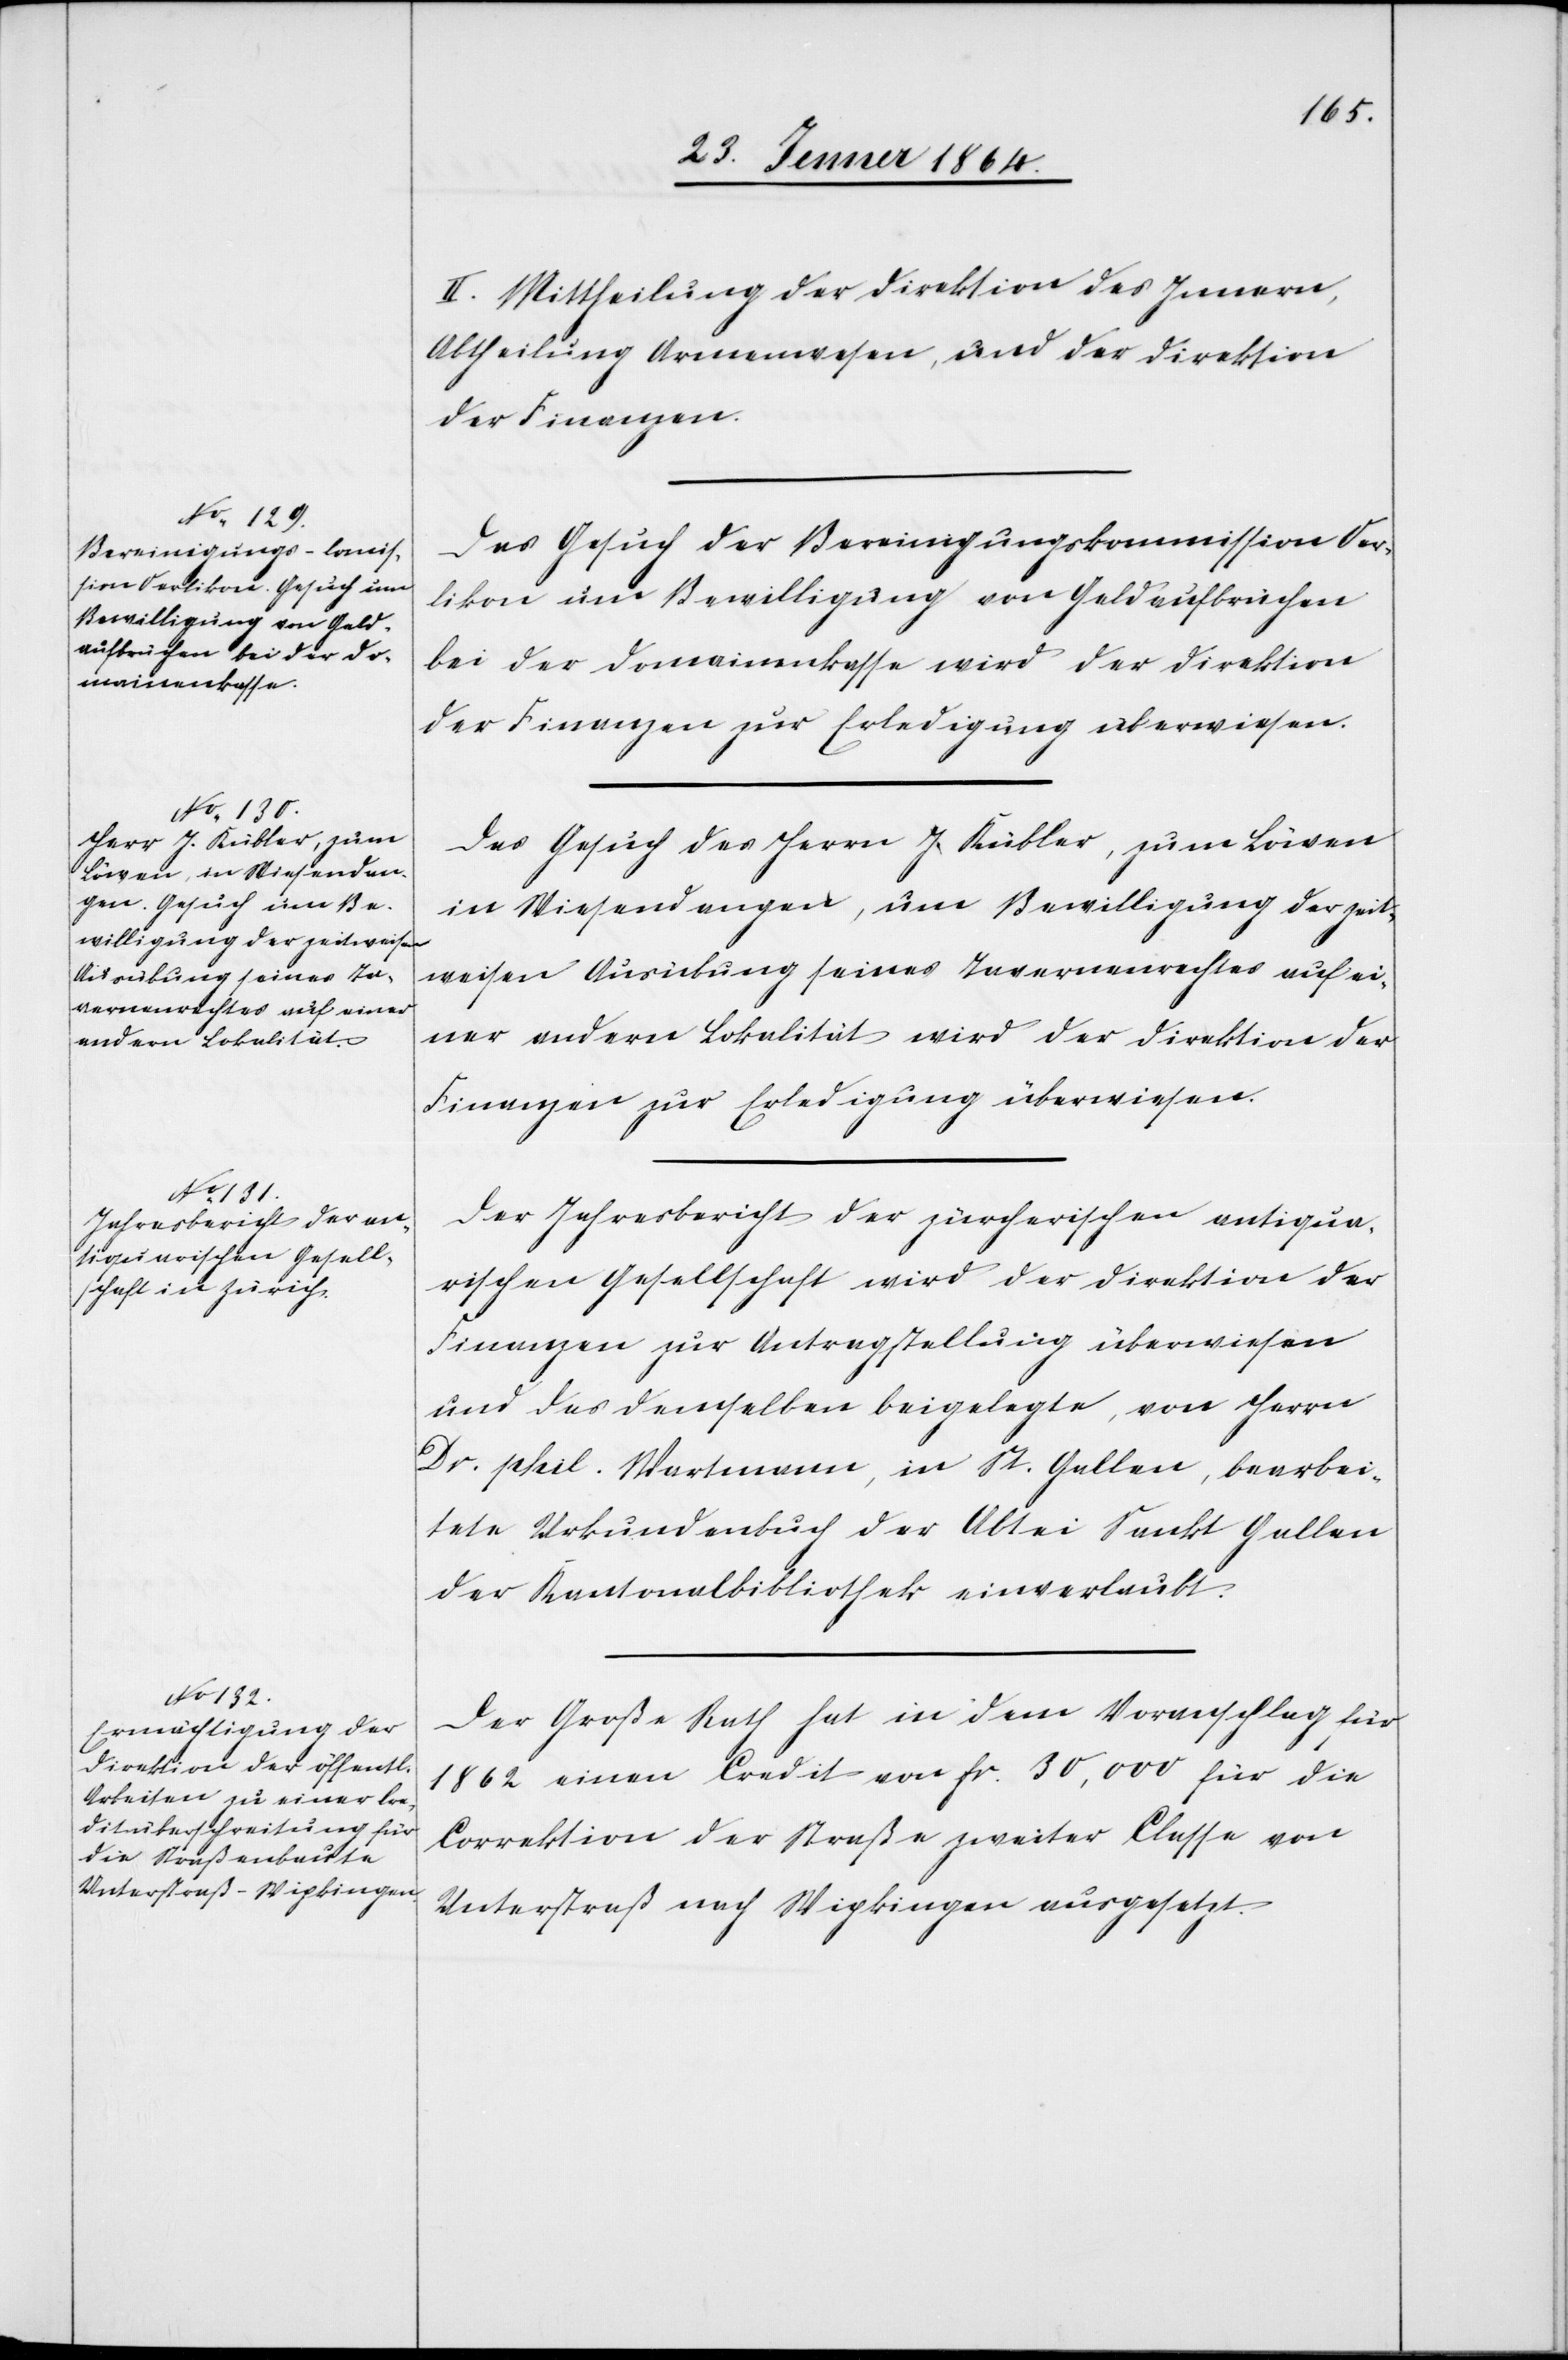
II. Mittheilung der Direktion des Innern,
Abtheilung Armenwesen, und der Direktion
der Finanzen.
Das Gesuch der Bereinigungskommission Oer¬
likon um Bewilligung von Geldaufbrüchen
bei der Domainenkasse wird der Direktion
der Finanzen zur Erledigung überwiesen.
Das Gesuch des Herrn J. Kübler, zum Löwen
in Wiesendangen, um Bewilligung der zeit¬
weisen Ausübung seines Tavernenrechtes auf ei¬
ner anderen Lokalität wird der Direktion der
Finanzen zur Erledigung überwiesen.
Der Jahresbericht der zürcherischen antiqua¬
rischen Gesellschaft wird der Direktion der
Finanzen zur Antragstellung überwiesen
und das demselben beigelegte, von Herrn
Dr. phil. Wartmann, in St. Gallen, bearbei¬
tete Urkundenbuch der Abtei Sankt Gallen
der Kantonalbibliothek einverlaubt.
Der Große Rath hat in dem Voranschlag für
1862 einen Credit von fr. 30,000 für die
Correktion der Straße zweiter Classe von
Unterstraß nach Wipkingen ausgesetzt.